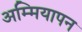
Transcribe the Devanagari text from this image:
अम्मियापन